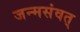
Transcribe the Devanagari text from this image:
जन्मसंवत्